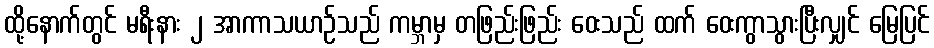
ထို့နောက်တွင် မရီးနား ၂ အာကာသယာဉ်သည် ကမ္ဘာမှ တဖြည်းဖြည်း ဝေးသည် ထက် ဝေးကွာသွားပြီးလျှင် မြေပြင်